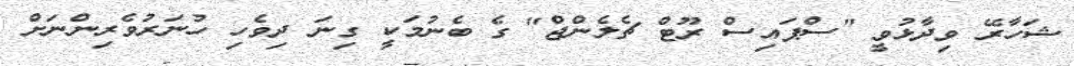
ޝަހާރޭ ވިދާޅުވީ "ސްޕައިސް ރޫޓް ޗެލެންޖް" ގެ ބެނުމަކީ ގިނަ ދިވެހި ހުނަރުވެރިންނަށް